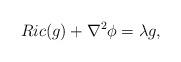
LaTeX: \begin{align*}Ric(g)+\nabla^{2}\phi = \lambda g,\end{align*}